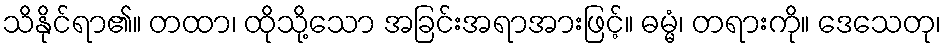
သိနိုင်ရာ၏။ တထာ၊ ထိုသို့သော အခြင်းအရာအားဖြင့်။ ဓမ္မံ၊ တရားကို။ ဒေသေတု၊